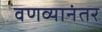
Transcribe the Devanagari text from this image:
वणव्यानंतर